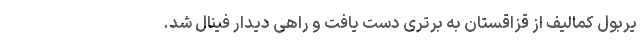
یربول کمالیف از قزاقستان به برتری دست یافت و راهی دیدار فینال شد.